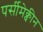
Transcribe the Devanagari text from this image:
पर्सीमेक्वीन